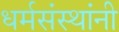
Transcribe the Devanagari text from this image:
धर्मसंस्थांनी